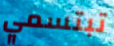
تبتسمي